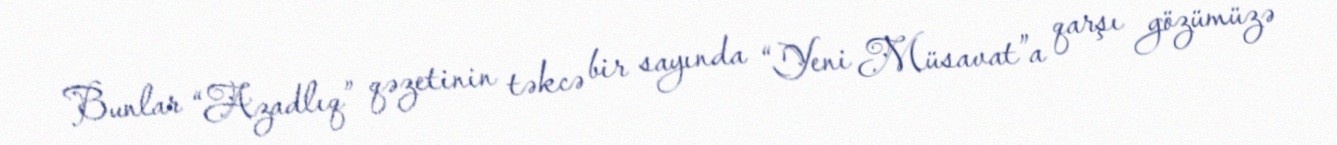
Bunlar “Azadlıq” qəzetinin təkcə bir sayında “Yeni Müsavat”a qarşı gözümüzə